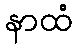
နာထံ